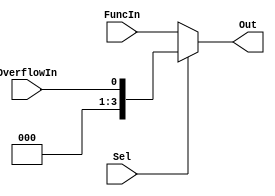
`timescale 1ns / 1ps
//////////////////////////////////////////////////////////////////////////////////
// Module Name:led_mux
// By Kushalta Paudel
// 
//////////////////////////////////////////////////////////////////////////////////

module led_mux #(parameter WIDTH=4) (Out, Sel, FuncIn, OverflowIn); 

	input [WIDTH-1:0]  FuncIn;
	input OverflowIn;
	input Sel; //The selection line 
	output reg [3:0] Out; //The single 2-bit output line of the Mux 


	//This always statement check the state of the input lines 
	always @ (FuncIn or OverflowIn or Sel) begin 
		case (Sel) 
			1'b1 : Out = OverflowIn; 
			default : Out = FuncIn; 
			//If input is undefined then output is undefined 
		endcase 
	end  



endmodule